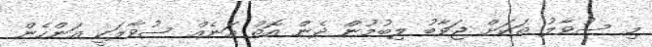
މި ސުވާލު ތަކަށް ޖަވާބު ލިބުމުން ދެން އޮތް އަނެއް ސުވާލަކީ އަންހެން